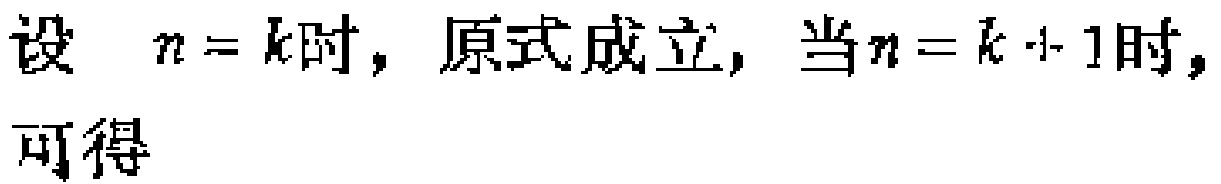
设 \(n = k\)时，原式成立，当\(n = k + 1\)时，

可得